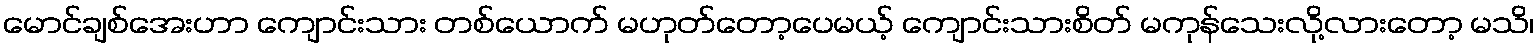
မောင်ချစ်အေးဟာ ကျောင်းသား တစ်ယောက် မဟုတ်တော့ပေမယ့် ကျောင်းသားစိတ် မကုန်သေးလို့လားတော့ မသိ၊